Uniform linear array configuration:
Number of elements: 4
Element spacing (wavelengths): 0.25
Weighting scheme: binomial
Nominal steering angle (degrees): -60
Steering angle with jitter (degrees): -61.713
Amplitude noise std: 0.05
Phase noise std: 0.05

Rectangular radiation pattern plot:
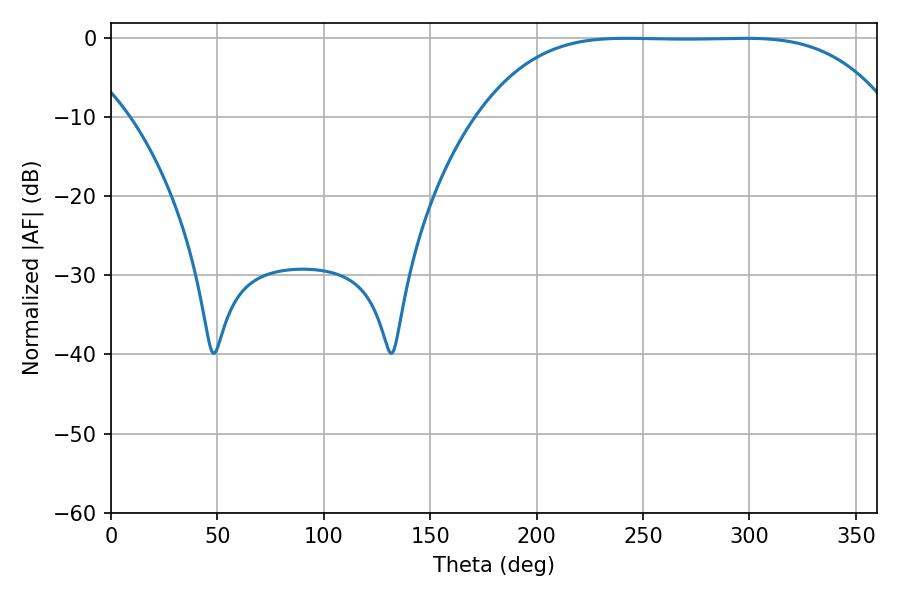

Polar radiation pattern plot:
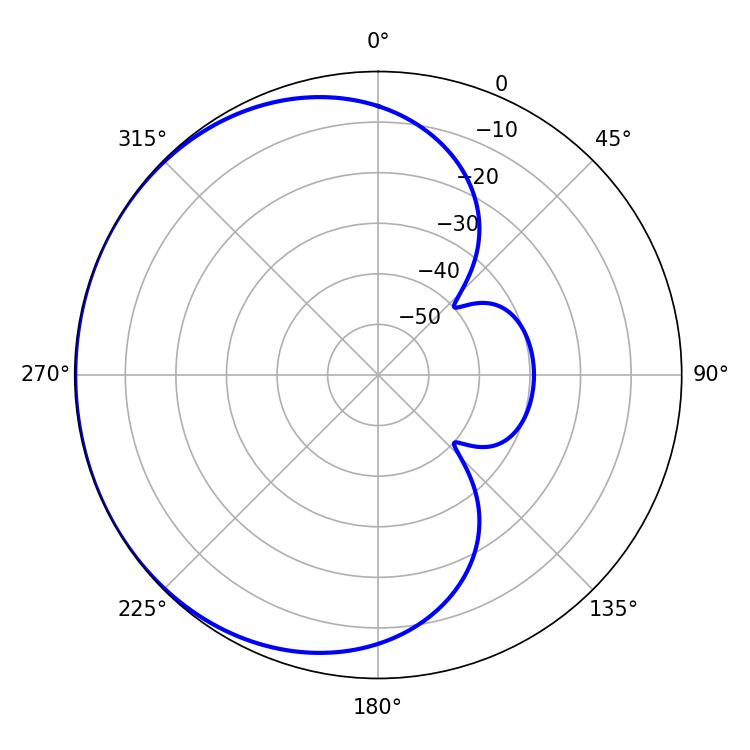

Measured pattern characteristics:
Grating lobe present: FALSE
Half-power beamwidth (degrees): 147.24
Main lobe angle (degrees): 242.28